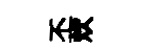
丕炊